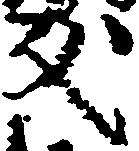
友